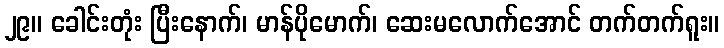
၂၉။ ခေါင်းတုံး ပြီးနောက်၊ မာန်ပိုမောက်၊ ဆေးမလောက်အောင် တက်တက်ရူး။